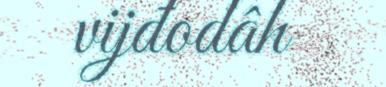
vijđodâh